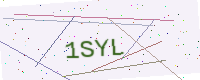
Text: 1SYL